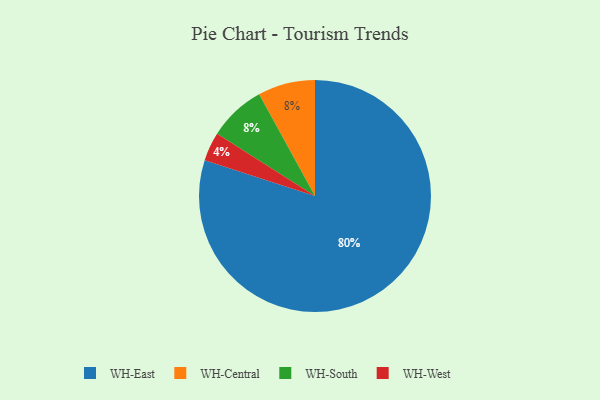
{"axis": {"x": "Category", "y": "Percentage"}, "legend": ["WH-Central", "WH-East", "WH-South", "WH-West"], "data": [{"x": "WH-Central", "y": 8, "type": "WH-Central"}, {"x": "WH-West", "y": 4, "type": "WH-West"}, {"x": "WH-South", "y": 8, "type": "WH-South"}, {"x": "WH-East", "y": 80, "type": "WH-East"}]}